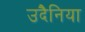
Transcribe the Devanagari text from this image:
उदैनिया